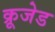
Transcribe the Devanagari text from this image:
क्रूजेड